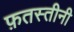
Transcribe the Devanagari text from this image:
फ़तस्तीनी